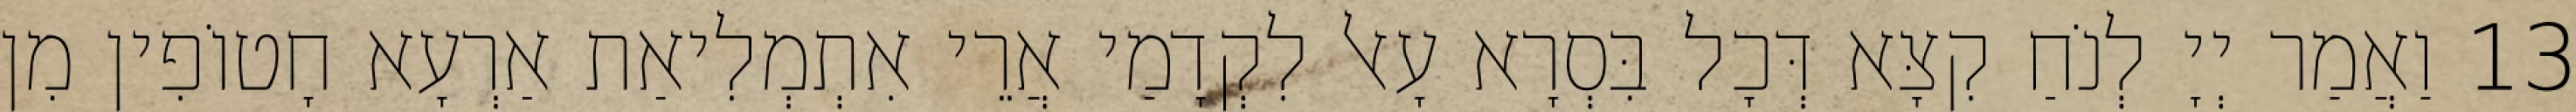
13 וַאֲמַר יְיָ לְנֹחַ קִצָּא דְּכָל בִּסְרָא עָאל לִקְדָמַי אֲרֵי אִתְמְלִיאַת אַרְעָא חָטוֹפִין מִן